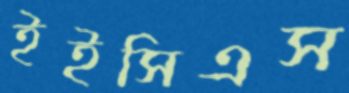
ইইসিএস